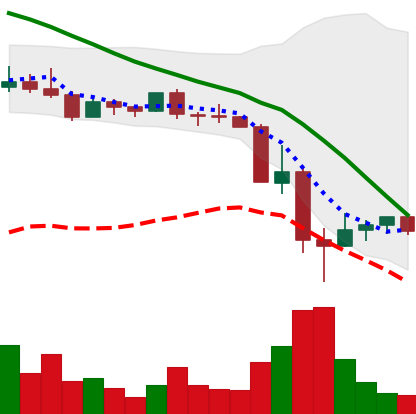
Ticker: DOGE-USD
Chart end date: 2022-05-16
Forward return: -3.846%
Label: down_3_5